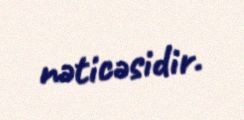
nəticəsidir.